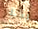
بخير